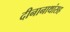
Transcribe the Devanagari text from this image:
दीनानाथांसह